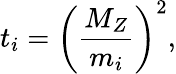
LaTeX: t_{i}=\biggl(\frac{M_{Z}}{m_{i}}\biggr)^{2},